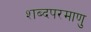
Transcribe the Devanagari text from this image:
शब्दपरमाणु